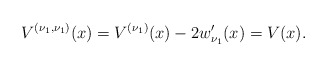
\begin{gather*} V^{( \nu _{1},\nu _{1}) }(x) =V^{( \nu _{1}) }(x) -2w_{\nu _{1}}^{\prime }(x)=V(x) .\end{gather*}